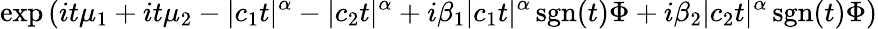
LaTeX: \exp\left(it\mu_{1}+it\mu_{2}-|c_{1}t|^{\alpha}-|c_{2}t|^{\alpha}+i\beta_{1}|c_{1}t|^{\alpha}\operatorname{sgn}(t)\Phi+i\beta_{2}|c_{2}t|^{\alpha}\operatorname{sgn}(t)\Phi\right)